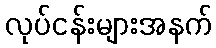
လုပ်ငန်းများအနက်